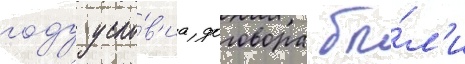
году усло́в'иа договора бы́л'и